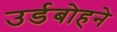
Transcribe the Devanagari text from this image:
उर्डबोहने